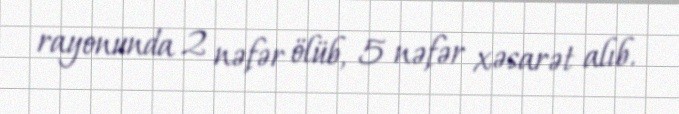
rayonunda 2 nəfər ölüb, 5 nəfər xəsarət alıb.